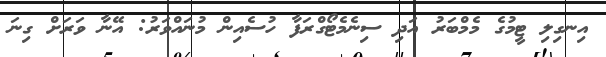
އިނގިލި ޓީމުގެ މެމްބަރު އަދި ސިނެމެޓޯގްރަފާ ހުސެއިން މުނައްވަރު: އޭނާ ވަރަށް ގިނަ